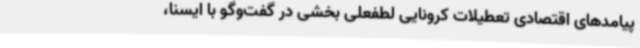
پیامدهای اقتصادی تعطیلات کرونایی لطفعلی بخشی در گفت‌وگو با ایسنا،